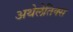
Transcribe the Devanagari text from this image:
अथेलेतिक्स